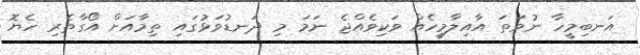
އަނބިމީހާ ނުވަތަ އާއިލާމީހެއް ވަކިވެއްޖެ ނަމަ މި ދަނޑުވަޅުގައި ތިމާއަށް އޯގާތެރި ހެޔޮ